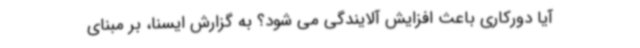
آیا دورکاری باعث افزایش آلایندگی می شود؟ به گزارش ایسنا، بر مبنای